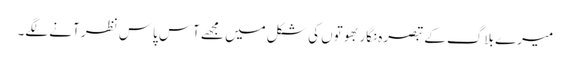
میرے بلاگ کے تبصرہ نگار بھوتوں کی شکل میں مجھے آس پاس نظر آنے لگے۔